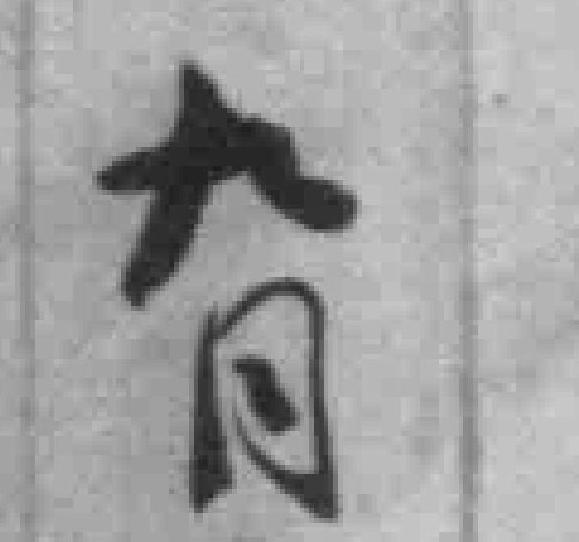
九月